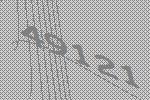
49121